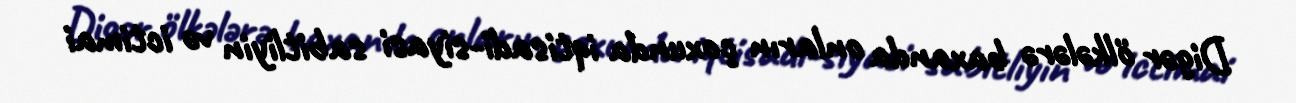
Digər ölkələrə baxanda onların çoxunda iqtisadi-siyasi sabitliyin və ictimai